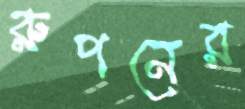
রুপনের